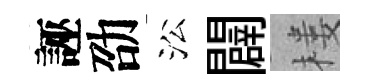
誣劭㳂闢楼